Indian journal of veterinary science and animal husbandry - Volume 5,
Year: 1935
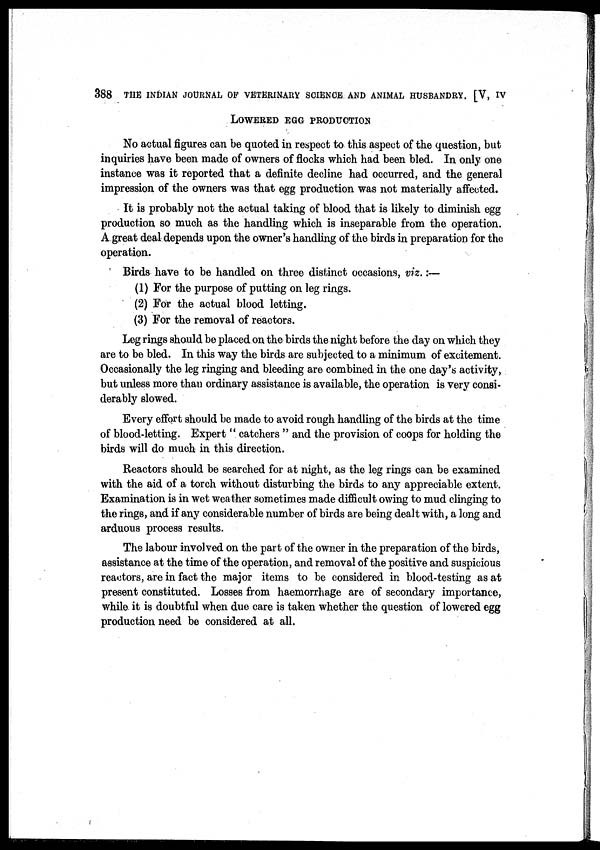
388 THE INDIAN JOURNAL OF VETERINARY SCIENCE AND ANIMAL HUSBANDRY. [V, IV
LOWERED EGG PRODUCTION
No actual figures can be quoted in respect to this aspect of the question, but
inquiries have been made of owners of flocks which had been bled. In only one
instance was it reported that a definite decline had occurred, and the general
impression of the owners was that egg production was not materially affected.
It is probably not the actual taking of blood that is likely to diminish egg
production so much as the handling which is inseparable from the operation.
A great deal depends upon the owner's handling of the birds in preparation for the
operation.
Birds have to be handled on three distinct occasions, viz.:—
(1) For the purpose of putting on leg rings.
(2) For the actual blood letting.
(3) For the removal of reactors.
Leg rings should be placed on the birds the night before the day on which they
are to be bled. In this way the birds are subjected to a minimum of excitement.
Occasionally the leg ringing and bleeding are combined in the one day's activity,
but unless more than ordinary assistance is available, the operation is very consi-
derably slowed.
Every effort should be made to avoid rough handling of the birds at the time
of blood-letting. Expert " catchers " and the provision of coops for holding the
birds will do much in this direction.
Reactors should be searched for at night, as the leg rings can be examined
with the aid of a torch without disturbing the birds to any appreciable extent.
Examination is in wet weather sometimes made difficult owing to mud clinging to
the rings, and if any considerable number of birds are being dealt with, a long and
arduous process results.
The labour involved on the part of the owner in the preparation of the birds,
assistance at the time of the operation, and removal of the positive and suspicious
reactors, are in fact the major items to be considered in blood-testing as at
present constituted. Losses from haemorrhage are of secondary importance,
while it is doubtful when due care is taken whether the question of lowered egg
production need be considered at all.